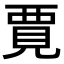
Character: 𫌞